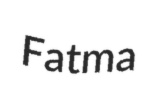
Fatma